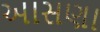
આસણા